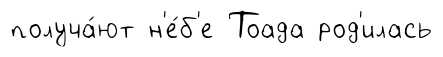
получа́ют н'е́б'е Тоада род'илась